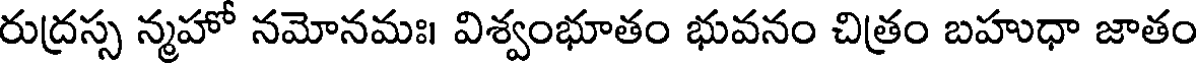
రుద్రస్స న్మహో నమోనమః। విశ్వంభూతం భువనం చిత్రం బహుధా జాతం